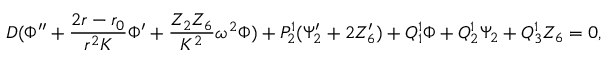
D ( \Phi ^ { \prime \prime } + { \frac { 2 r - r _ { 0 } } { r ^ { 2 } K } } \Phi ^ { \prime } + { \frac { Z _ { 2 } Z _ { 6 } } { K ^ { 2 } } } \omega ^ { 2 } \Phi ) + P _ { 2 } ^ { 1 } ( \Psi _ { 2 } ^ { \prime } + 2 { \cal Z } _ { 6 } ^ { \prime } ) + Q _ { 1 } ^ { 1 } \Phi + Q _ { 2 } ^ { 1 } \Psi _ { 2 } + Q _ { 3 } ^ { 1 } { \cal Z } _ { 6 } = 0 ,